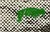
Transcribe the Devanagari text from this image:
छुपानी